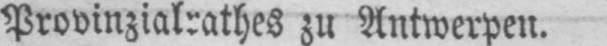
zu Antwerpen.